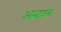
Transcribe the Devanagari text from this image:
अन्टाल